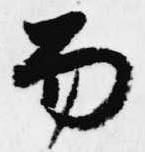
笏